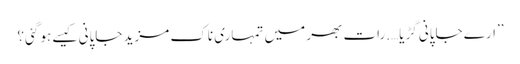
’’ارے جاپانی گڑیا….رات بھر میں تمہاری ناک مزید جاپانی کیسے ہو گئی؟